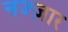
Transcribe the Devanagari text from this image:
नज्ज़ार